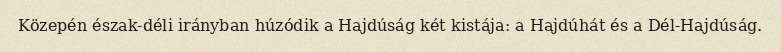
Közepén észak-déli irányban húzódik a Hajdúság két kistája: a Hajdúhát és a Dél-Hajdúság.